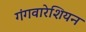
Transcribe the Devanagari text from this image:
गंगवारेशियन